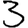
Digit: 3